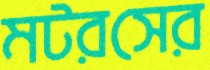
মটরসের